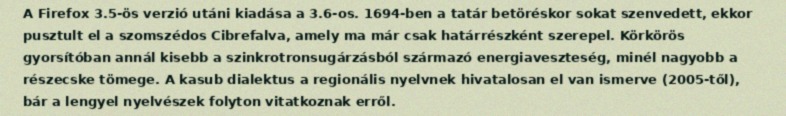
A Firefox 3.5-ös verzió utáni kiadása a 3.6-os. 1694-ben a tatár betöréskor sokat szenvedett, ekkor pusztult el a szomszédos Cibrefalva, amely ma már csak határrészként szerepel. Körkörös gyorsítóban annál kisebb a szinkrotronsugárzásból származó energiaveszteség, minél nagyobb a részecske tömege. A kasub dialektus a regionális nyelvnek hivatalosan el van ismerve (2005-től), bár a lengyel nyelvészek folyton vitatkoznak erről.